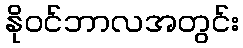
နိုဝင်ဘာလအတွင်း